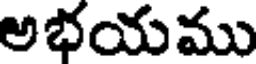
అభయము